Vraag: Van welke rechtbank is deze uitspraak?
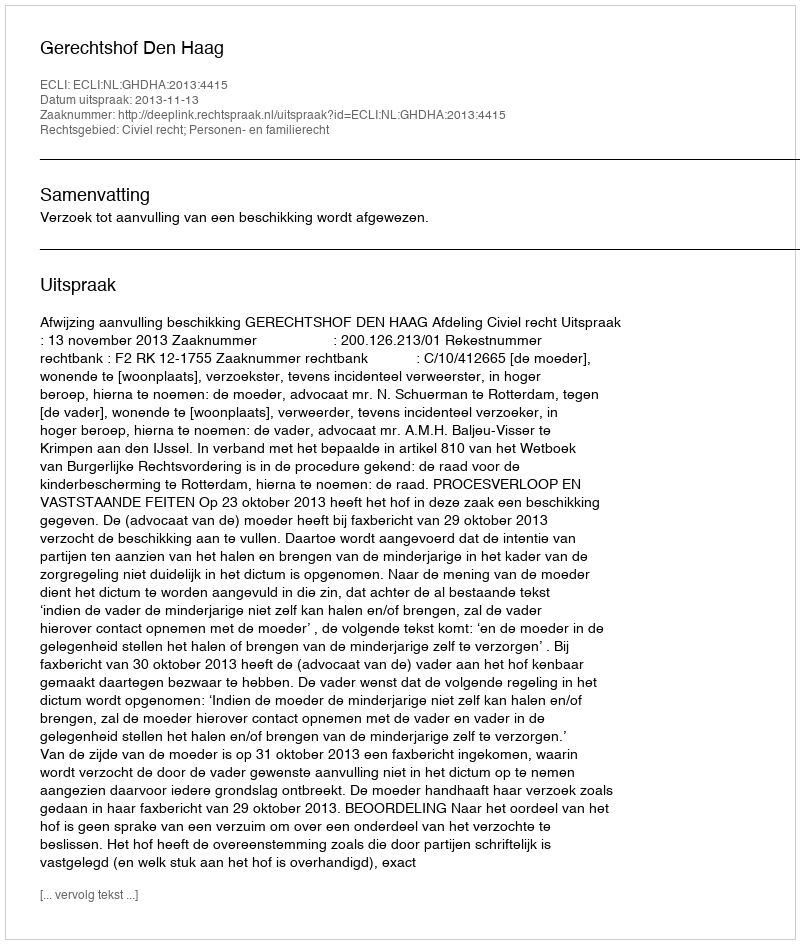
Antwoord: Gerechtshof Den Haag